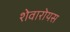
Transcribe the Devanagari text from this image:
शेवारोयस